system: You are a helpful assistant.
user:
Analyze the provided spectrum to determine if it is a **"Cataclysmic Variables (CV)"**.

- **Key Indicators for CV (Check for either state):**
    - **State 1: Quiescent / Low-State (Emission-Dominated)**
        - **(Primary):** Strong and *very broad* Hydrogen Balmer emission lines (e.g., $H\alpha$ at 6563 Å, $H\beta$ at 4861 Å). The 'broadness' (high velocity dispersion, often FWHM > 1000 km/s) is the key diagnostic, indicating a high-velocity accretion disk.
        - **(Secondary):** Broad neutral Helium (He I) emission lines (e.g., 5876 Å, 6678 Å).
        - **(Key Confirmation):** Presence of high-excitation *ionized* Helium (He II) emission at 4686 Å. This is a strong indicator of accretion onto a white dwarf.
        - **(Line Profile):** Emission lines may exhibit a 'double-peaked' profile, which is a classic signature of a rotating accretion disk viewed at high inclination.

    - **State 2: Outburst / High-State (Absorption-Dominated)**
        - **(Primary):** Spectrum is dominated by a bright, blue continuum (looks like a hot star).
        - **(Secondary):** The emission lines from State 1 are weak, absent, or 'filled in', and are replaced by broad, shallow *absorption* lines (primarily Balmer and He I).
        - **(Morphology):** The overall spectrum mimics a hot B/A-type star. The crucial difference is that the absorption lines are significantly broader, shallower, and more 'washed-out' (or 'smeared') than the sharp lines of a normal stellar photosphere, due to high rotational speeds and pressure broadening in the disk.

Think first, call **spectral_visualization_tool** if needed to examine features in detail, then provide your final answer. Your response must adhere to the following strict rules:
1.  **Overall Structure:** Your response must follow the format `<think>...</think> <tool_call>...</tool_call> (if a tool is used) <answer>...</answer>`.
2.  **Tool Usage Constraint:** You may only make **one** tool call per turn.
3.  **Final Answer Format:** In the `<answer>` tag, your conclusion must be inside a `\boxed{}` command (e.g., `\boxed{YES}`), followed by your justification.

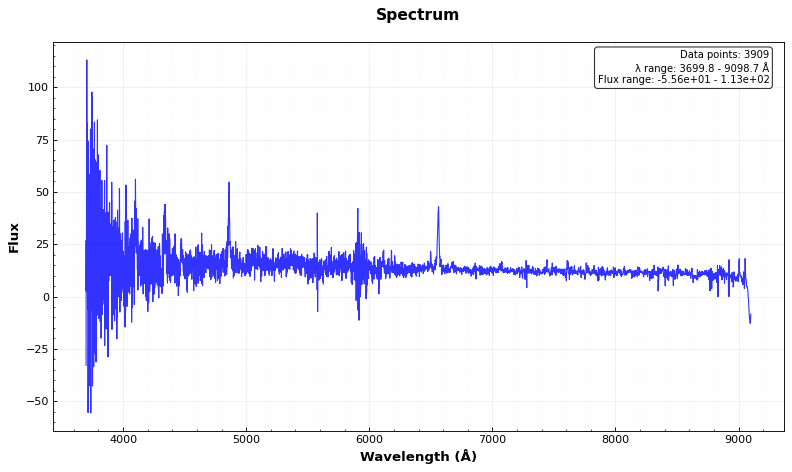
Answer: YES